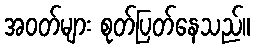
အဝတ်များ စုတ်ပြတ်နေသည်။